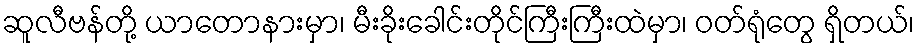
ဆူလီဗန်တို့ ယာတောနားမှာ၊ မီးခိုးခေါင်းတိုင်ကြီးကြီးထဲမှာ၊ ဝတ်ရုံတွေ ရှိတယ်၊